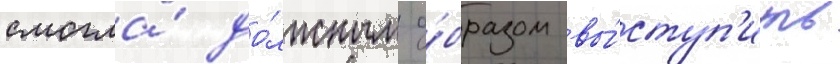
смогла́ до́лжным о́бразом вы́ступ'ить